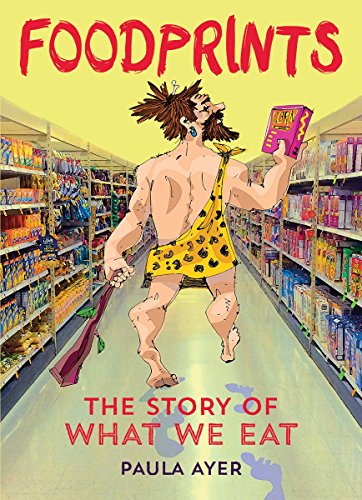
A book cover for Foodprints: The Story of What We Eat; Paula Ayer; Teen & Young Adult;